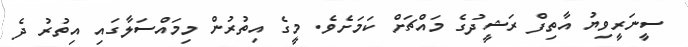
ސީނަރީވިޔު އާތިފް ރަޝީދުގެ މައްޗަށް ކަމަށެވެ. މީގެ އިތުރުން މިމައްސަލާގައި އިތުރު ދެ